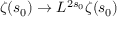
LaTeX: \zeta ( s _ { 0 } ) \rightarrow L ^ { 2 s _ { 0 } } \zeta ( s _ { 0 } )